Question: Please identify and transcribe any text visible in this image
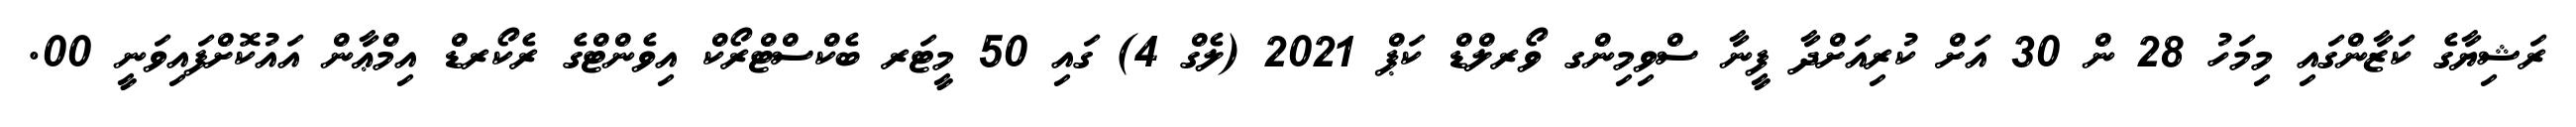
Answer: ރަޝިޔާގެ ކަޒާންގައި މިމަހު 28 ން 30 އަށް ކުރިއަށްދާ ފީނާ ސްވިމިންގ ވޯރލްޑް ކަޕް 2021 (ލެގް 4) ގައި 50 މީޓަރ ބެކްސްޓްރޯކް އިވެންޓްގެ ރެކޯރޑް އިމްޢާން އައުކޮށްފައިވަނީ 00.